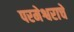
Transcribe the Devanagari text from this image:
परमेश्वराचें